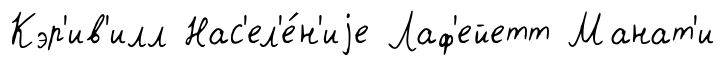
Кэр'ив'илл Нас'ел'е́н'иjе Лаф'ейетт Манат'и